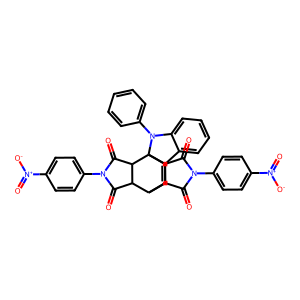
SMILES: O=C1C2C3C=C4c5ccccc5N(c5ccccc5)C4(C2C(=O)N1c1ccc([N+](=O)[O-])cc1)C1C(=O)N(c2ccc([N+](=O)[O-])cc2)C(=O)C31
Inhibits HIV replication: No